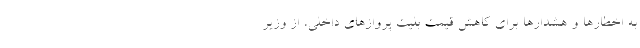
به اخطارها و هشدارها برای کاهش قیمت بلیت پروازهای داخلی، از وزیر